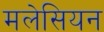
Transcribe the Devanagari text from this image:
मलेसियन